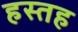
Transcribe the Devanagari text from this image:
हस्तह